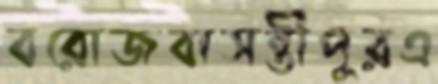
বরোজবাসন্তীপুরএ